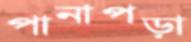
পানাপড়া